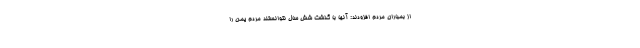
از بمباران مردم افزودند: آنها با گذشت شش سال نتوانستند مردم یمن را